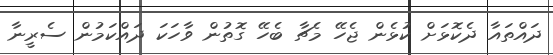
ދައްތައާ ދެކޮޅަށް ކުޅެން ޖެހޭ މެޗާ ބެހޭ ގޮތުން ވާހަކަ ދައްކަމުން ސެރީނާ